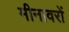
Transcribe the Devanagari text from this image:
मीनावरों